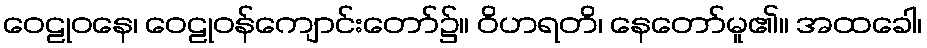
ဝေဠုဝနေ၊ ဝေဠုဝန်ကျောင်းတော်၌။ ဝိဟရတိ၊ နေတော်မူ၏။ အထခေါ၊